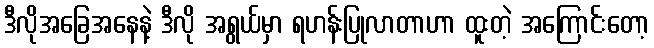
ဒီလိုအခြေအနေနဲ့ ဒီလို အရွယ်မှာ ရဟန်းပြုလာတာဟာ ထူးတဲ့ အကြောင်းတော့